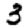
Digit: 3